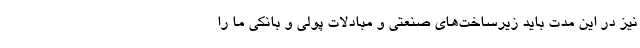
نیز در این مدت باید زیرساخت‌های صنعتی و مبادلات پولی و بانکی ما را